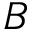
B